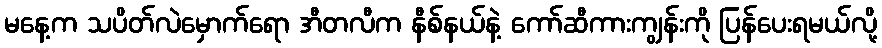
မနေ့က သပိတ်လဲမှောက်ရော အီတလီက နီစ်နယ်နဲ့ ကော်ဆီကားကျွန်းကို ပြန်ပေးရမယ်လို့